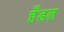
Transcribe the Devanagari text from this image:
हँडल